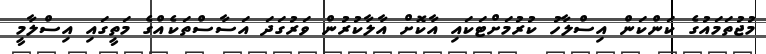
މުޖުތަމައުގެ ކަންކަން އިސްލާހު ކުރުމަށްޓަކައި އާކޮށް އާލާކުރުން ވަރުގަދަ އަސާސްތަކެއްގެ މަތީގައި އިސްލާމީ